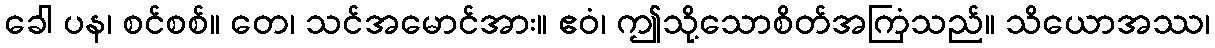
ခေါ ပန၊ စင်စစ်။ တေ၊ သင်အမောင်အား။ ဧဝံ၊ ဤသို့သောစိတ်အကြံသည်။ သိယောအဿ၊